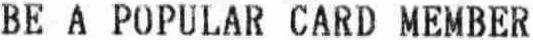
BE A POPULAR CARD MEMBER